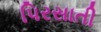
પિરસાતી